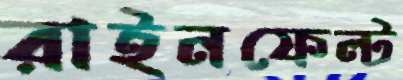
রাইনফেল্ট